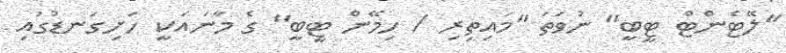
''ލޭޓެންޓް ޓީބީ'' ނުވަތަ ''މައިތިރި / ހިމޭން ޓީބީ'' ގެ މާނައަކީ ހަށިގަނޑުގައި